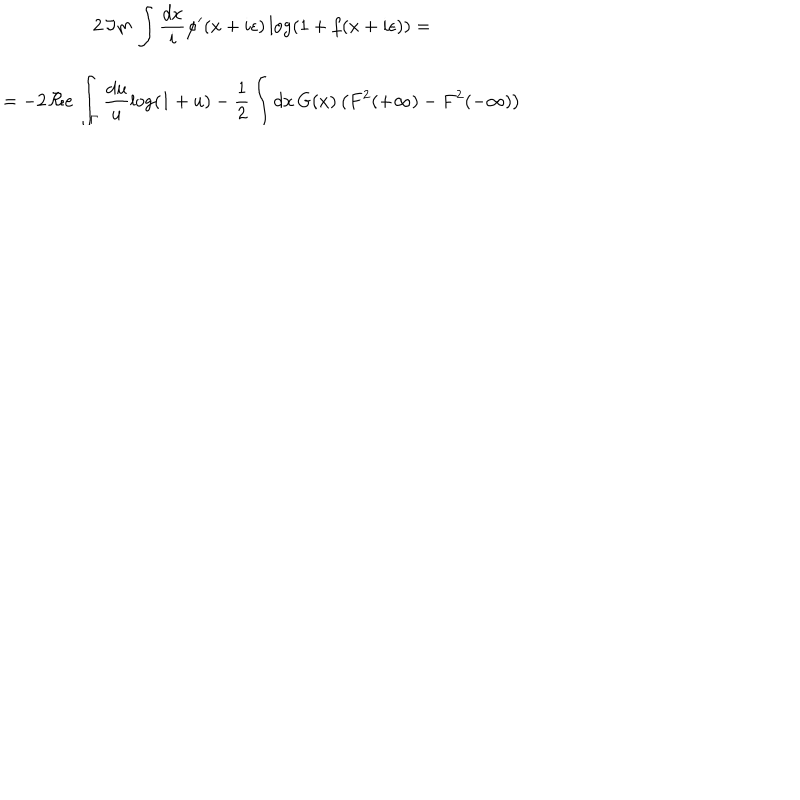
\begin{array} { c } { { 2 \, \Im m \, \displaystyle \int \displaystyle \frac { d x } { i } \varphi ^ { \prime } ( x + i \epsilon ) \log ( 1 + f ( x + i \epsilon ) ) = } } \\ { { = - 2 \, \Re e \, \displaystyle \int _ { \Gamma } \displaystyle \frac { d u } { u } \log ( 1 + u ) - \displaystyle \frac { 1 } { 2 } \displaystyle \int d x \, G ( x ) \left( F ^ { 2 } ( + \infty ) - F ^ { 2 } ( - \infty ) \right) } } \\ \end{array}